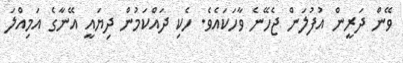
ވޭން ދަރީން އުފުލަން ޖެހޭނެ ވާހަކައެވެ. ހެކި ދައްކަމުން ދިޔައީ އޭނާގެ އަމިއްލަ